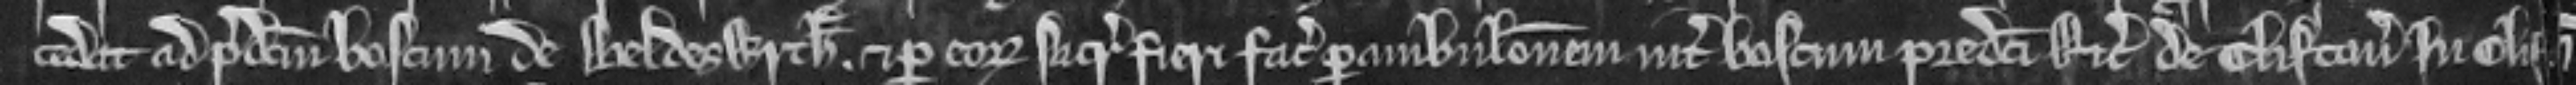
cedat ad predictum boscum de Beldeswyrth. et per corum sacramentum fieri faciat perambulacionem inter boscum predicti Ricardi de Clifton in Clif